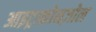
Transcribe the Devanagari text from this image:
आइट्राकोनज़ोल